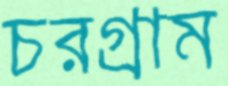
চরগ্রাম